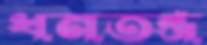
ধনতন্ত্র